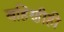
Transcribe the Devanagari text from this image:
बहिणीही